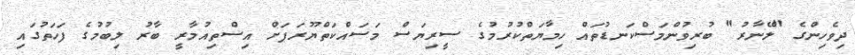
ދިވެހިންގެ "ލޭނާރު" ބުރިވުންމަސްކަނޑުތައް ހިމާޔަތްކުރުމުގެ ސީރިޔަސް މަސައްކަތްޔޫރަޕަށް އިސްތިއުމާރީ ބާރު ލިބުމުގެ ފަހަތުގައި